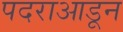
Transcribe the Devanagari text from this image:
पदराआडून